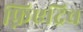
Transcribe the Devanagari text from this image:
फ़्रिएद्रिच